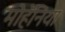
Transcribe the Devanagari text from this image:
मोहॅनिया